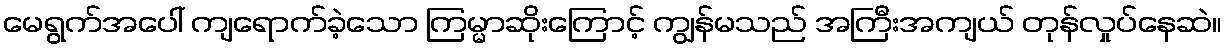
မေရွက်အပေါ် ကျရောက်ခဲ့သော ကြမ္မာဆိုးကြောင့် ကျွန်မသည် အကြီးအကျယ် တုန်လှုပ်နေဆဲ။